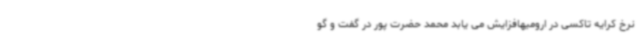
نرخ کرایه تاکسی در ارومیهافزایش می یابد محمد حضرت پور در گفت و گو